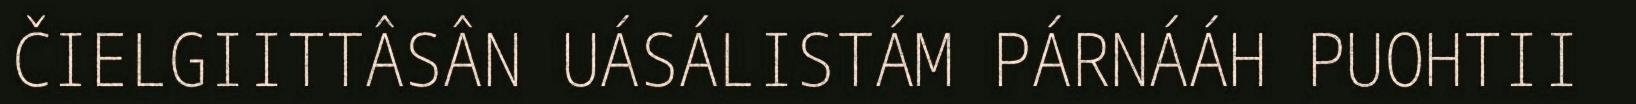
ČIELGIITTÂSÂN UÁSÁLISTÁM PÁRNÁÁH PUOHTII